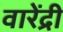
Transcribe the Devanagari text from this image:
वारेंद्री